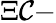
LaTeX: \Xi\mathcal{C}-